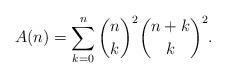
LaTeX: \begin{align*} A (n) = \sum_{k = 0}^n \binom{n}{k}^2 \binom{n + k}{k}^2 . \end{align*}